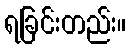
ရခြင်းတည်း။